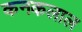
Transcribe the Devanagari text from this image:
कनकलाल